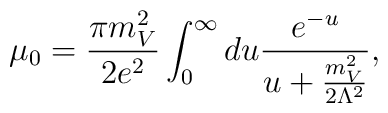
\mu_{0}=\frac{\pi m_{V}^{2}}{2e^{2}}\int_{0}^{\infty}du    \frac{e^{-u}}{u+\frac{m_{V}^{2}}{2\Lambda^2}},